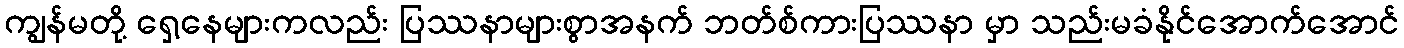
ကျွန်မတို့ ရှေ့နေများကလည်း ပြဿနာများစွာအနက် ဘတ်စ်ကားပြဿနာ မှာ သည်းမခံနိုင်အောက်အောင်